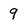
Character: 9